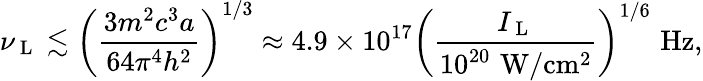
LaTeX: \nu_{\mathrm{~L~}}\lesssim\left(\frac{3m^{2}c^{3}a}{64\pi^{4}h^{2}}\right)^{1/3}\approx 4.9\times 10^{17}\left(\frac{I_{\mathrm{~L~}}}{10^{20}\, \, \mathrm{W/cm^{2}}}\right)^{1/6}\, \, \mathrm{Hz,}